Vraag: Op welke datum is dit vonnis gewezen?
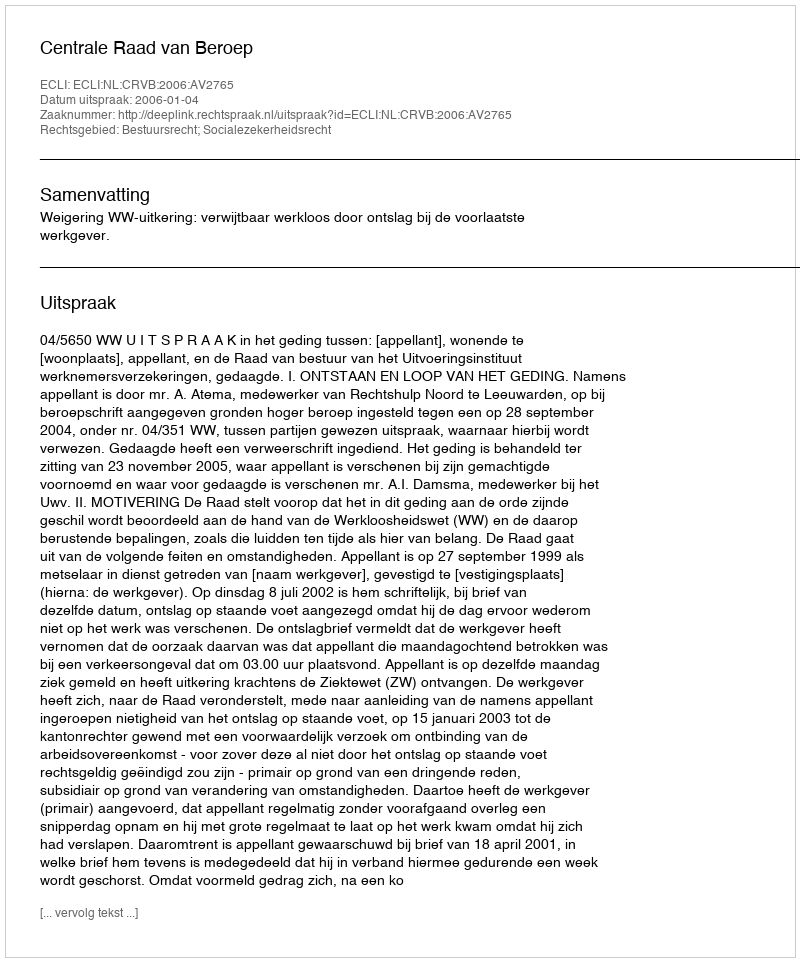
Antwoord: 2006-01-04